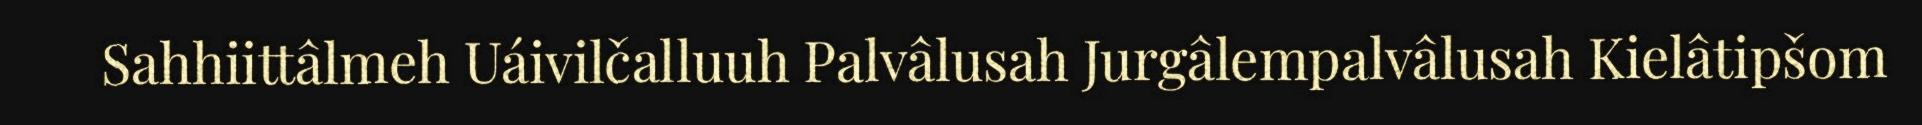
Sahhiittâlmeh Uáivilčalluuh Palvâlusah Jurgâlempalvâlusah Kielâtipšom